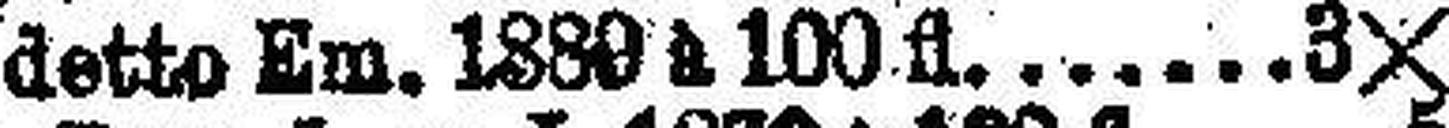
detto Em. 1889 à 100 fl 3X